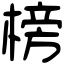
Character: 榜